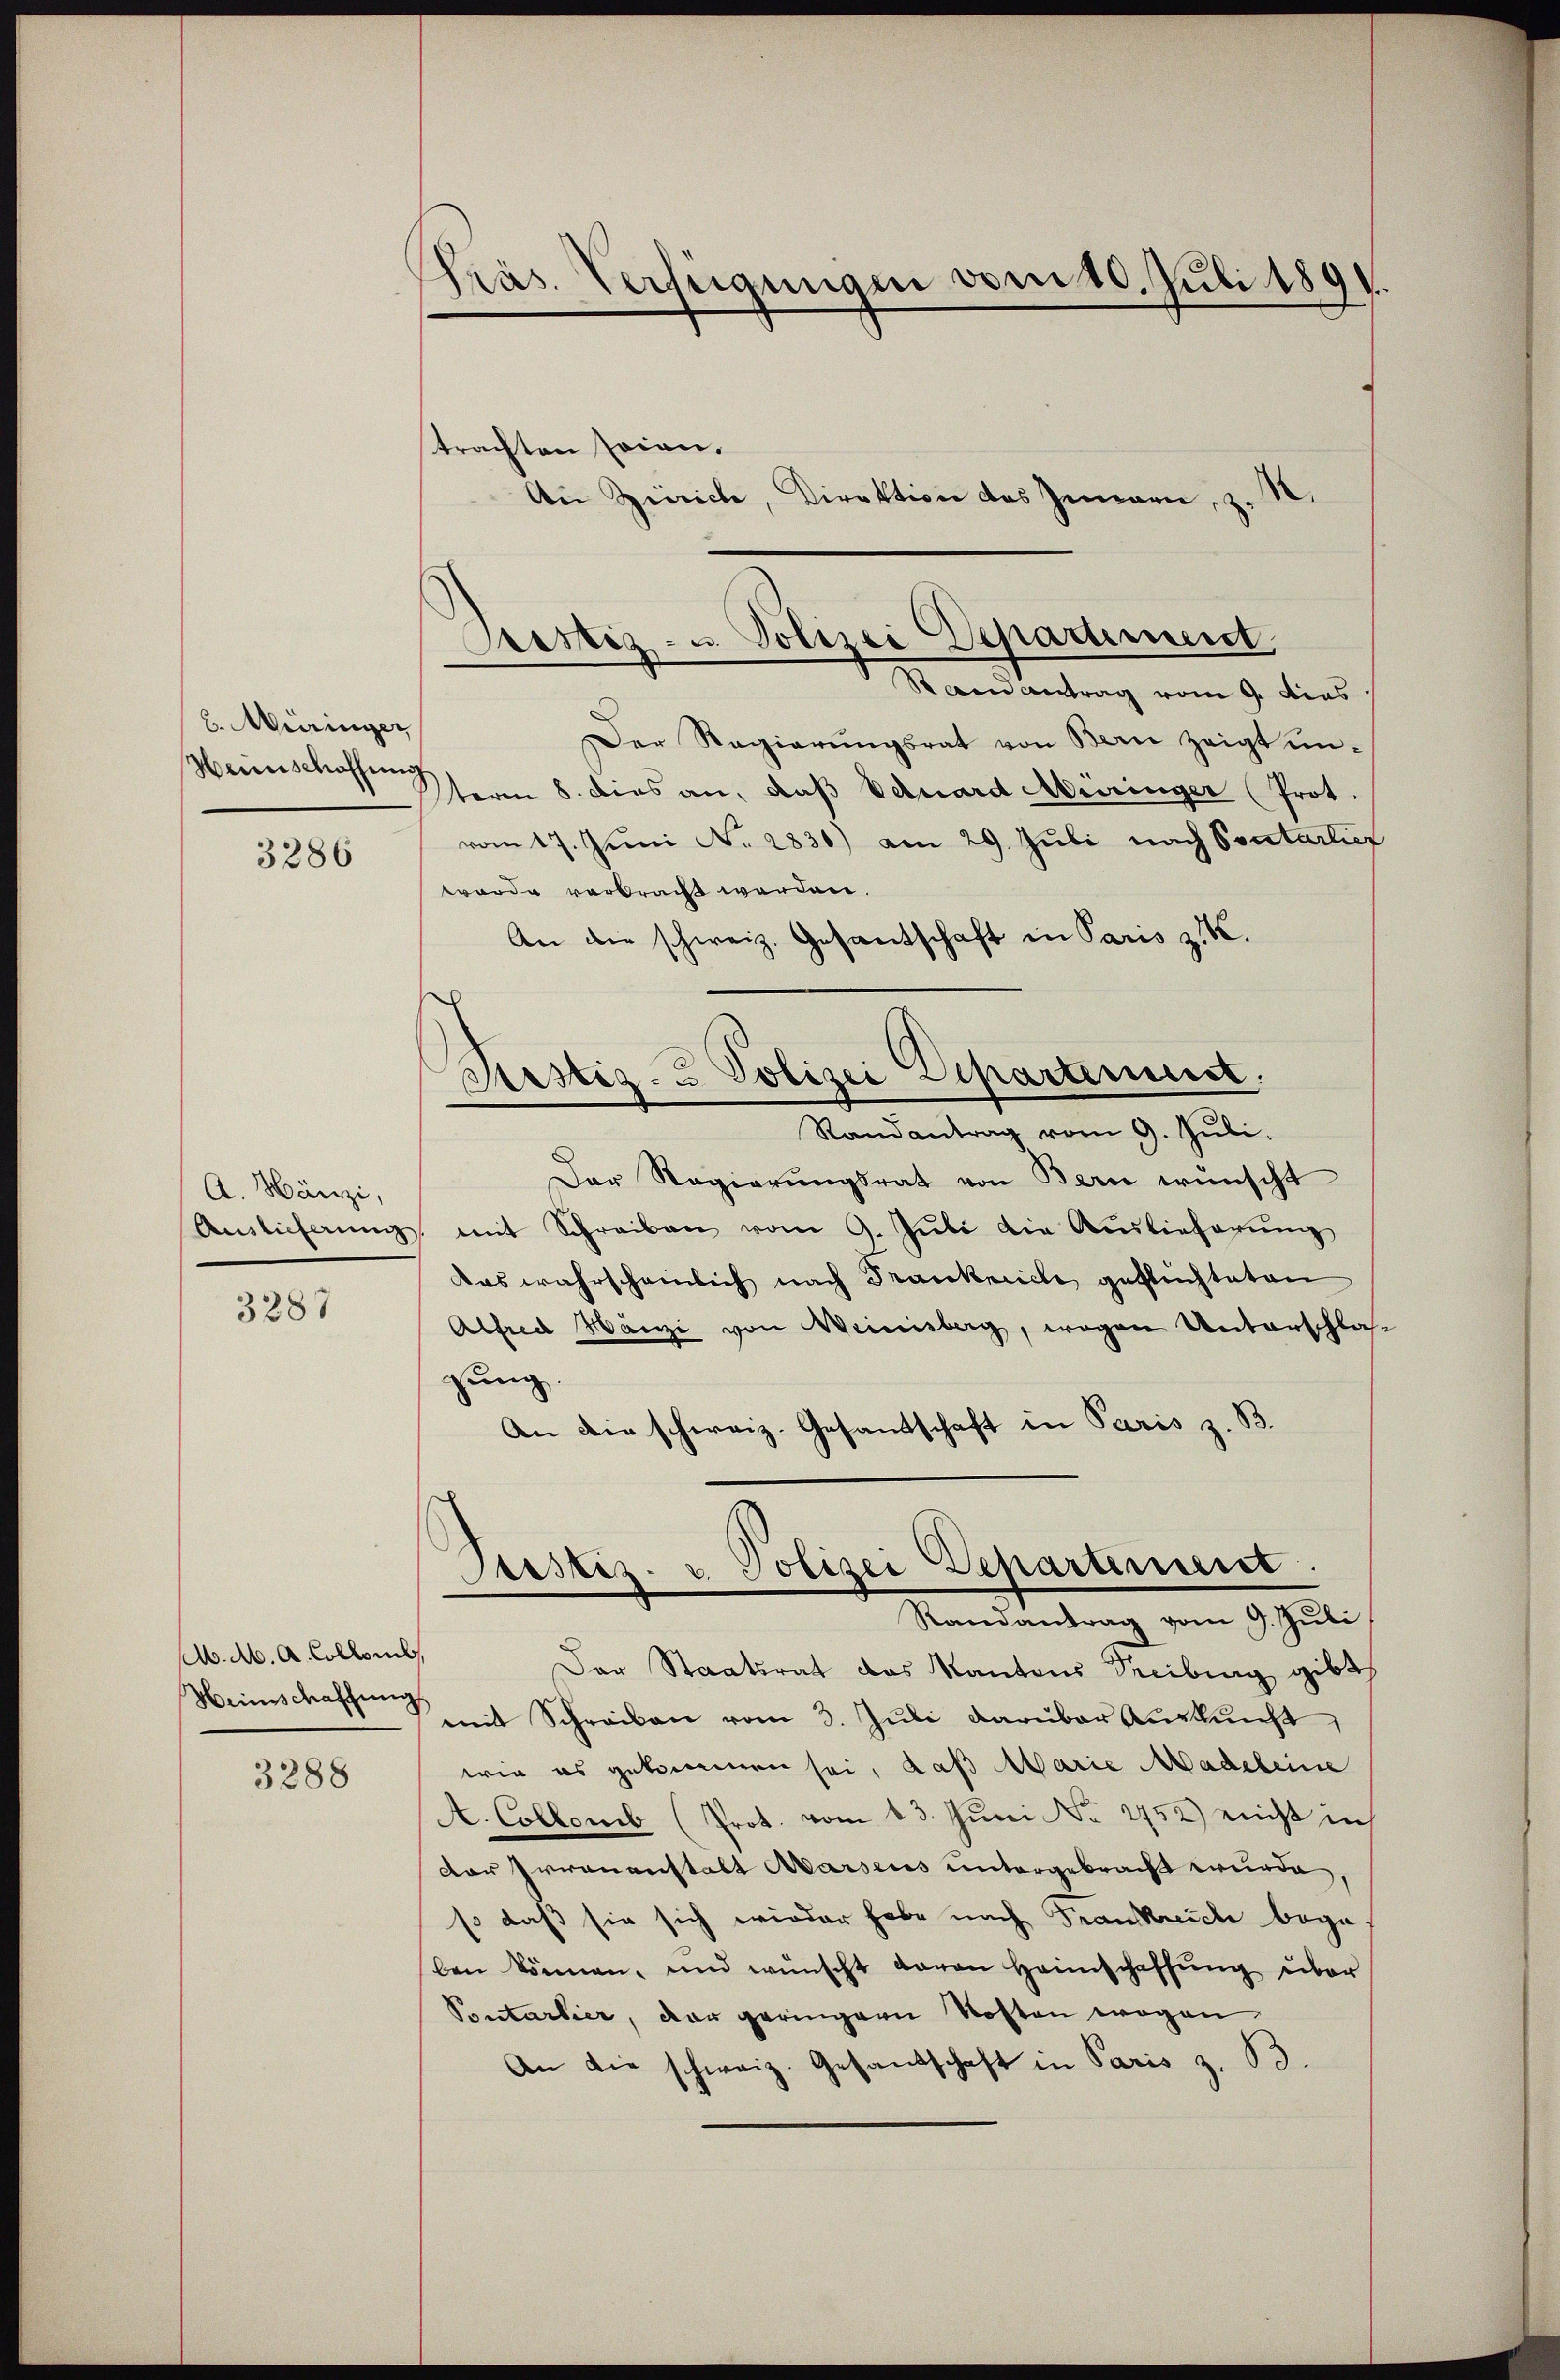
b. Müringer
Weinschaffung

3286

A. Hänzi,

3287

A. A. A. Collomb
Weinschaffung

3288

Präs. Verfügungen vom 10. Juli 1891.

Prestiz- u. Polizei Departement
Raenantrag vom 9. dies

trachten seien.
An Zürich, Direktion des Gemarn, z. B.
Der Regierŭngsrat von Bern zeigt unterm 8. dies an, daß Eduard Meiringer (Prot.
vom 17. Juni N. 2830) am 29. Juli nach Sontarlier
worde verbracht werden.
An die schweiz. Gesantschaft in Paris z. B.

Randantrag vom 9. Juli.
Der Regierŭngsrat von Bern wünscht
Auslicherŭng mit Schreiben vom 9. Jŭli die Auslieferŭng
das wahrscheinlich nach Trankreiche geflüchteten
Alfred Hänzi von Weinisberg, wegen Unterschlas
sung.
An die schweiz. Gesandschaft in Paris z. B.
Der Staatsrat das Kantons Treiburg gibt
mit Schreiben vom 3. Juli darüber Auskunft,
wie es gekommen sei, daß Marie Madeleine
A. Collomb (Prot. vom 13. Juni o 1452) nicht in
Der Irrenanstalt Marsens untergebracht wurde,
so daß sie sich wieder habe nach Frankreiche bega
ben können, und wünscht daran Heimschaffŭng über
Pontartier, der geringern Kosten wegen
An die schweiz. Gesandschaft in Paris z. B.

Pestiz- & Polizei Separtement,

Seestez. v. Polizei Departement.
Randantrag vom 9. Juli,